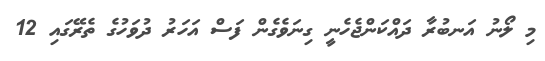
މި ލޯނު އަނބުރާ ދައްކަންޖެހެނީ ގިނަވެގެން ފަސް އަހަރު ދުވަހުގެ ތެރޭގައި 12